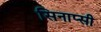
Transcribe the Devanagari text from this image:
सिनाप्सी